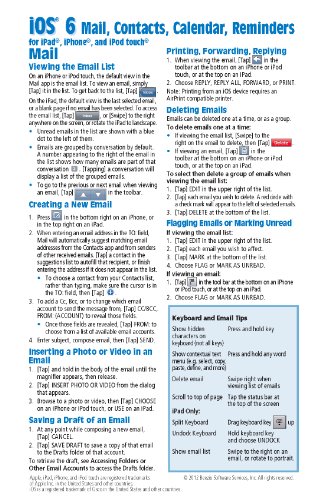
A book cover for iOS 6 Mail, Contacts, Calendar, Reminders Quick Reference Guide: for iPad, iPhone, and iPod touch (Cheat Sheet of Instructions, Tips & Shortcuts - Laminated Guide); Beezix Inc.; Computers & Technology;